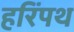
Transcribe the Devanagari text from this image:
हरिंपथ